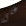
على